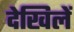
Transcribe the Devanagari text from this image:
देखिलें